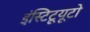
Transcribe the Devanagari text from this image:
इंस्टिटूयूटो